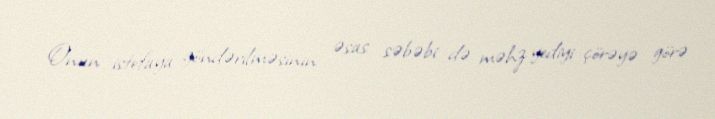
Onun istefaya göndərilməsinin əsas səbəbi də məhz yediyi çörəyə görə